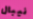
نيبال